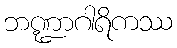
ဘဏ္ဍာဂါရိကဿ